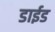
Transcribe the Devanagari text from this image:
डाईड